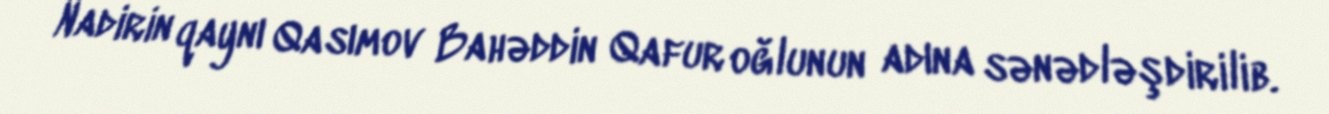
Nadirin qaynı Qasımov Bahəddin Qafur oğlunun adına sənədləşdirilib.